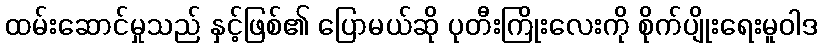
ထမ်းဆောင်မှုသည် နှင့်ဖြစ်၏ ပြောမယ်ဆို ပုတီးကြိုးလေးကို စိုက်ပျိုးရေးမူဝါဒ